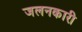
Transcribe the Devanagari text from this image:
जलनकारी